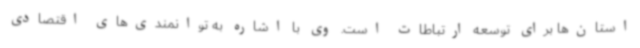
استان‌ها برای توسعه ارتباطات است. وی با اشاره به توانمندی‌های اقتصادی